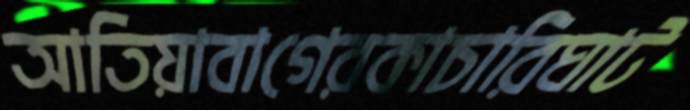
আতিয়াবাগেরকাচারিঘাট